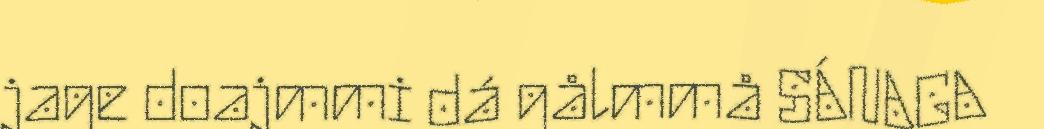
jage doajmmi dá gålmmå SÁNAGA